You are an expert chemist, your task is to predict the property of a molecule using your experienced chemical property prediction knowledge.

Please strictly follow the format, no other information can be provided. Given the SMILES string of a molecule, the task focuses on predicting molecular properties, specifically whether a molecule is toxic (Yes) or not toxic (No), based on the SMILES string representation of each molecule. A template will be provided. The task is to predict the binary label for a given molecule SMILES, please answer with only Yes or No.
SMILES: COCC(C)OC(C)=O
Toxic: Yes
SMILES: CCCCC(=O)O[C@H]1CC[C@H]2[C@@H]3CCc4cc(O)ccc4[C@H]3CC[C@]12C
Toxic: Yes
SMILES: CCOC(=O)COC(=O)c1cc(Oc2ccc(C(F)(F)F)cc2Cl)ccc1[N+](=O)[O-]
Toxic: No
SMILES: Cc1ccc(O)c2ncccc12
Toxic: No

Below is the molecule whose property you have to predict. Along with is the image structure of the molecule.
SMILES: CC(C)(O)C(=O)O
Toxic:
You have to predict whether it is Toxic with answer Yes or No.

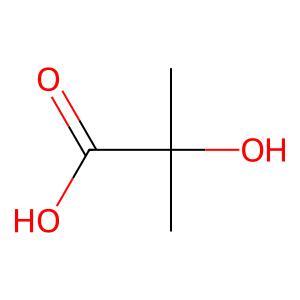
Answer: No